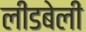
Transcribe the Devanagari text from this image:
लीडबेली